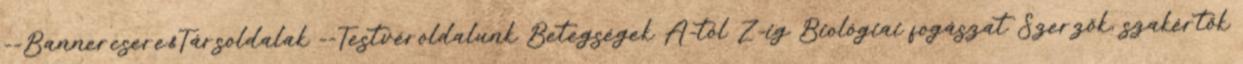
--Bannercsere&Társoldalak --Testvéroldalunk Betegségek A-tól Z-ig Biológiai fogászat Szerzők, szakértők